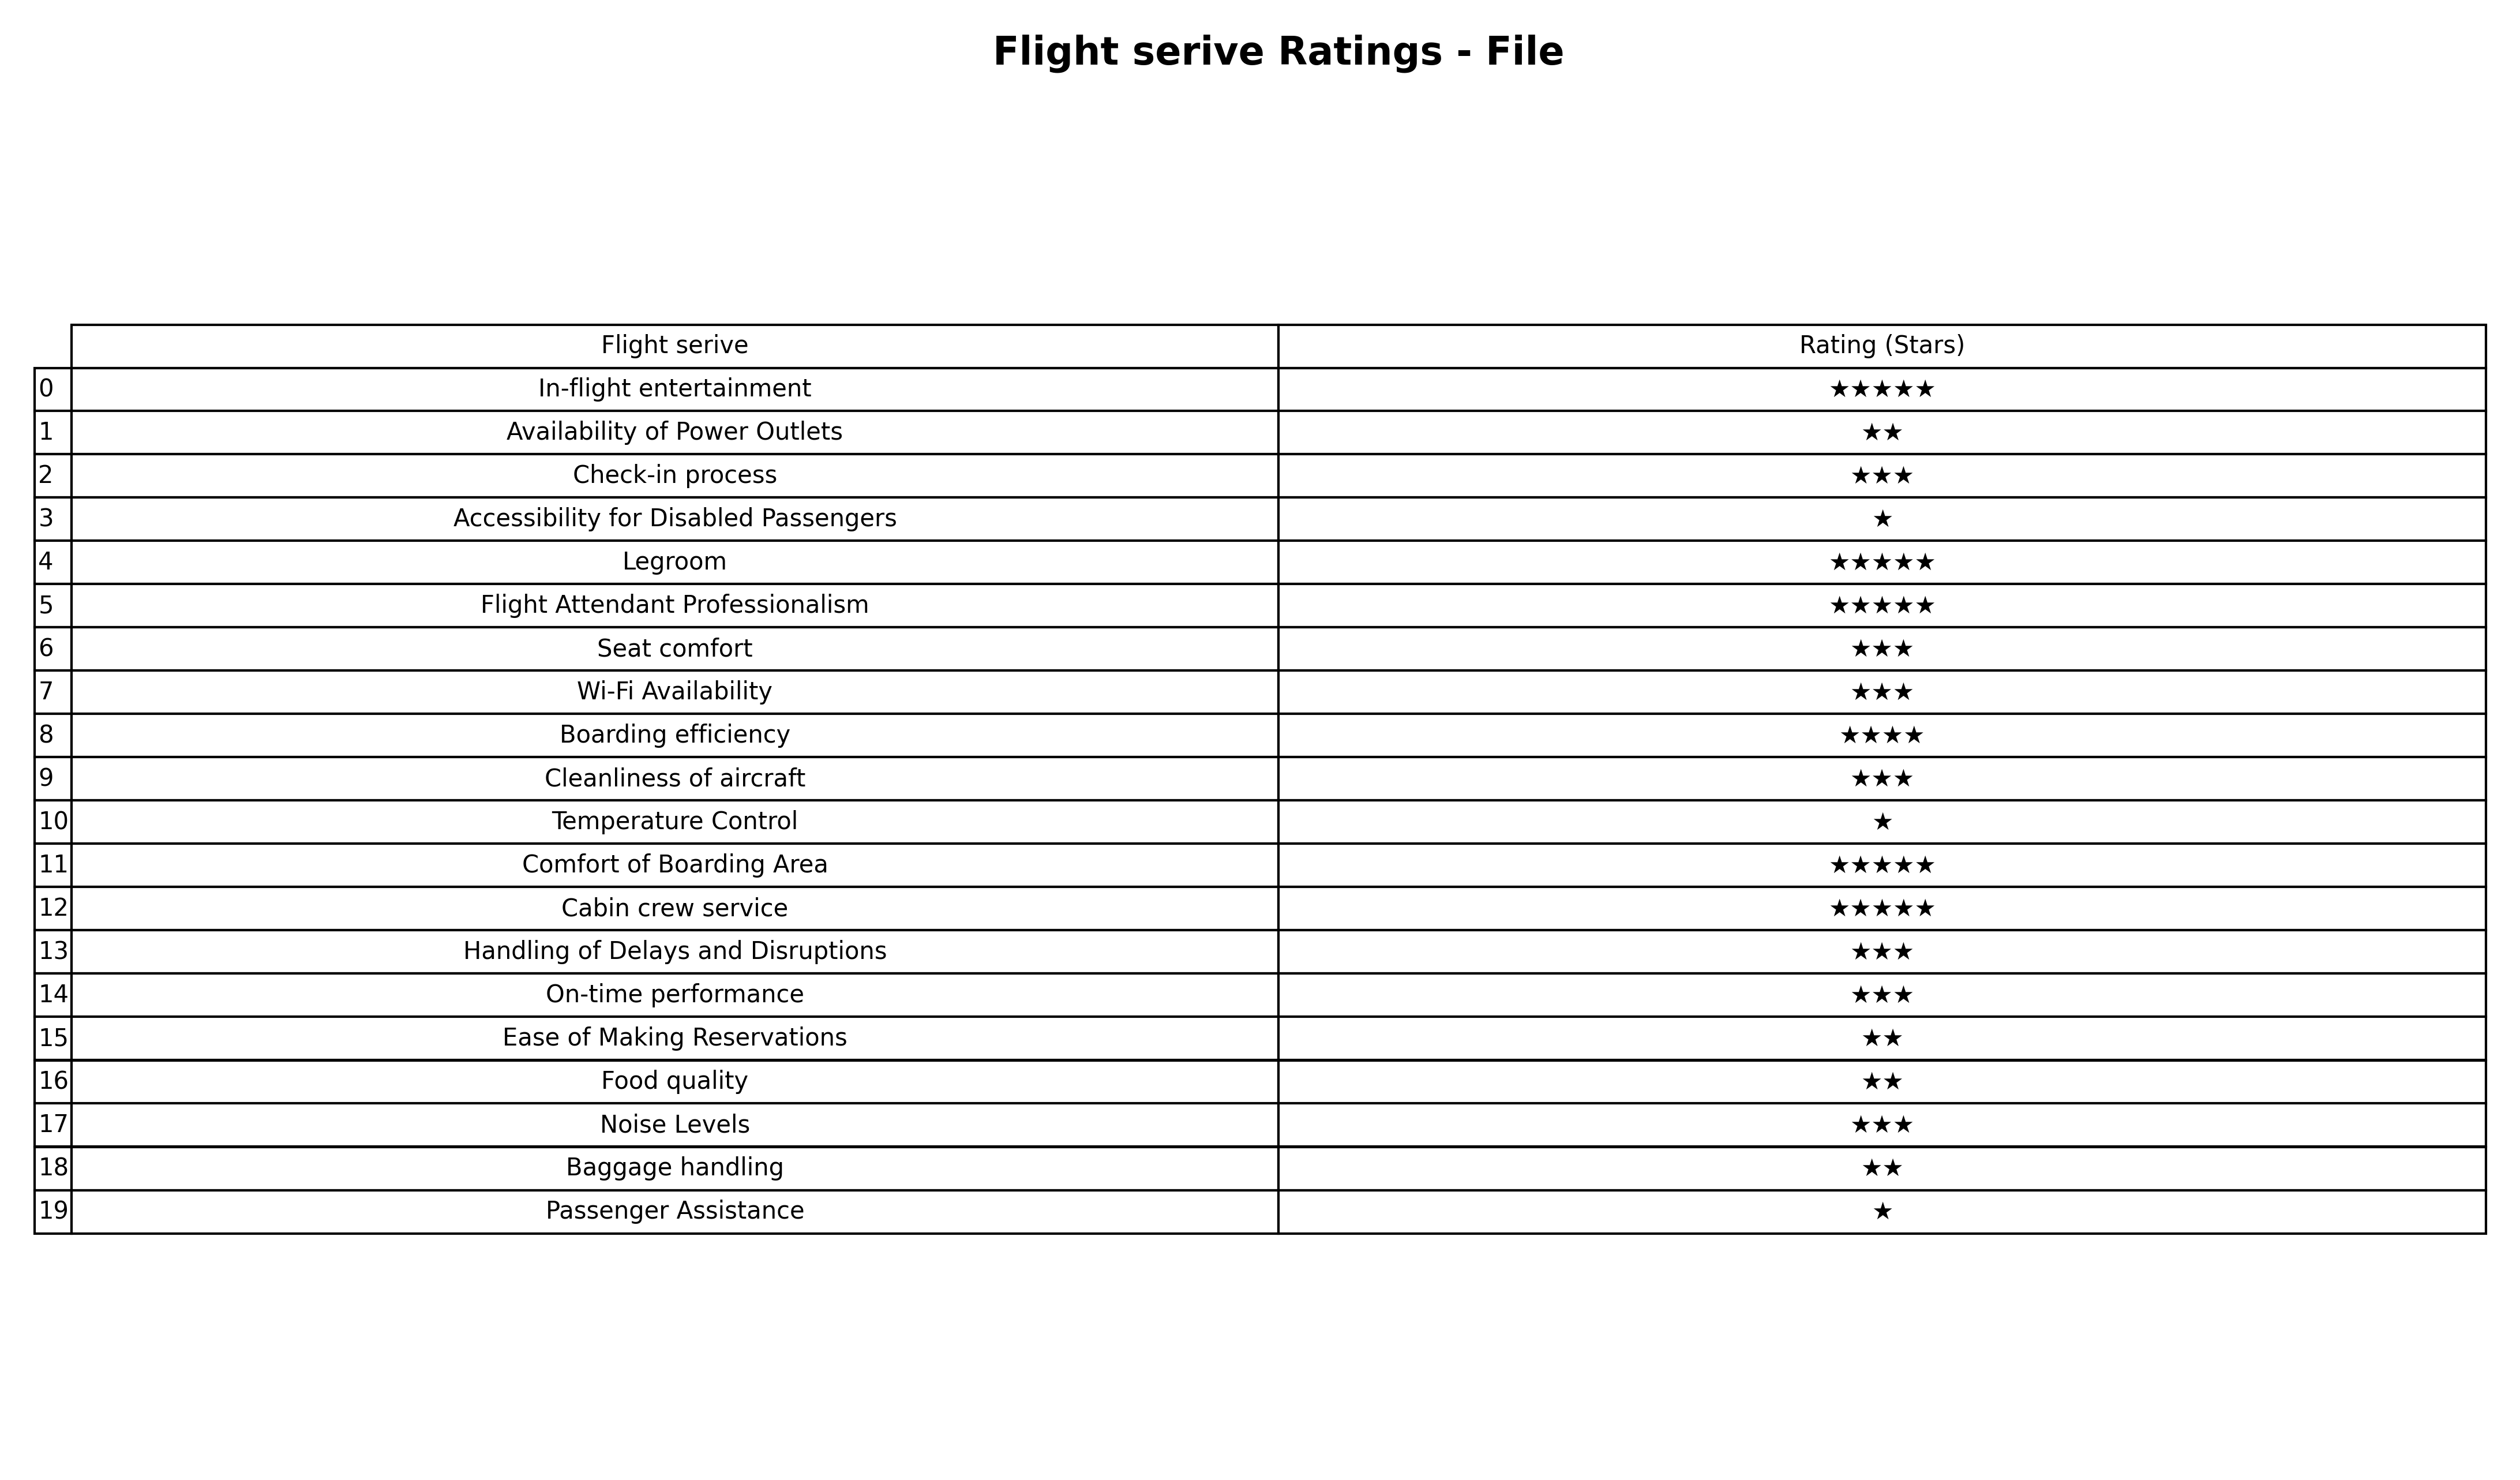
question: What are three star services?
answer: Check-in processSeat comfortWi-Fi AvailabilityCleanliness of aircraftHandling of Delays and DisruptionsOn-time performanceNoise Levels